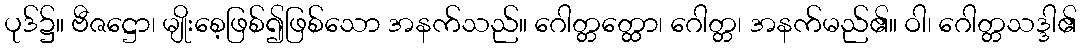
ပုဒ်၌။ ဗီဇဋ္ဌော၊ မျိုးစေ့ဖြစ်၍ဖြစ်သော အနက်သည်။ ဂေါတ္တတ္ထော၊ ဂေါတ္တ၊ အနက်မည်၏။ ဝါ၊ ဂေါတ္တသဒ္ဒါ၏